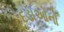
દડાઓનો